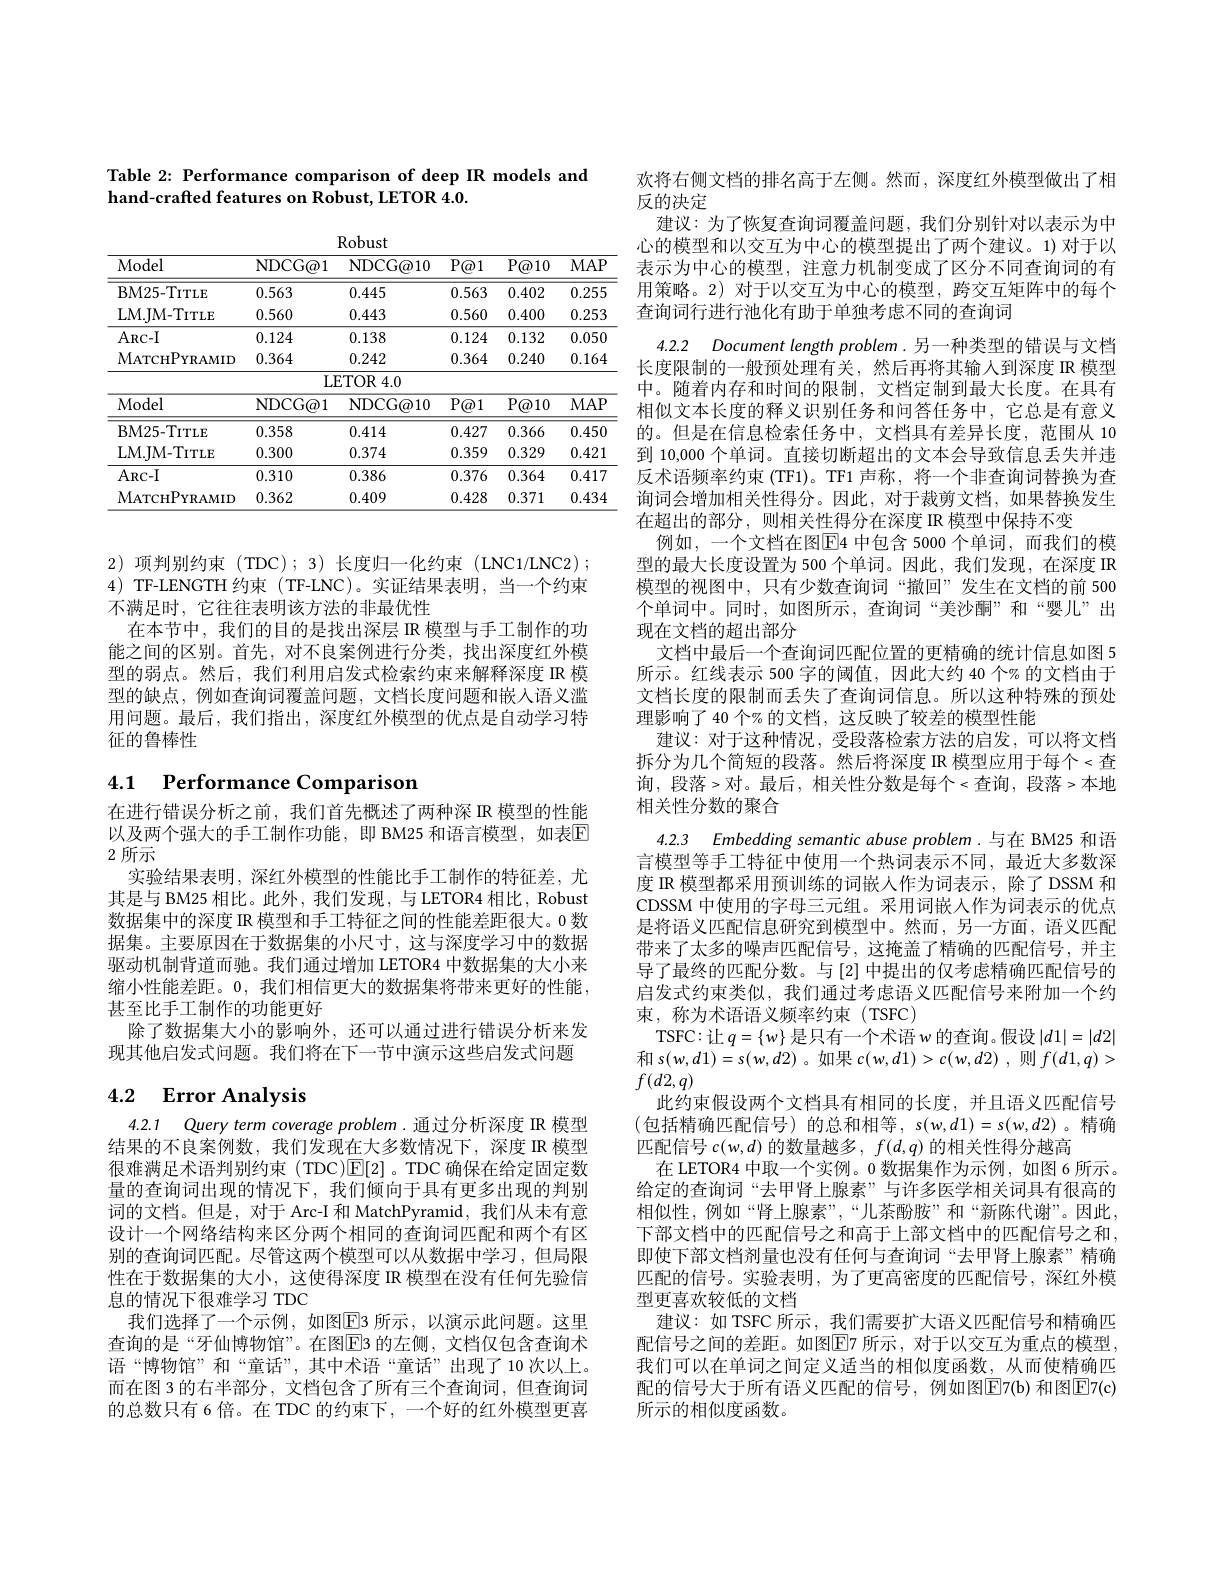
Table 2: Performance comparison of deep IR models and
hand-crafted features on Robust, LETOR 4.0.

<table>
	<tbody>
		<tr>
			<th>Model</th>
			<th>NDCG@ 1</th>
			<th>NDCG@ 10</th>
			<th>$P@1$</th>
			<th>$P@10$</th>
			<th>$MAP$</th>
		</tr>
		<tr>
			<td>BM25- TITLE</td>
			<td>0.563</td>
			<td>0.445</td>
			<td>0.563</td>
			<td>0.402</td>
			<td>0.255</td>
		</tr>
		<tr>
			<td>LM. JM- TITLE</td>
			<td>0.560</td>
			<td>0.443</td>
			<td>0.560</td>
			<td>0.400</td>
			<td>0.253</td>
		</tr>
		<tr>
			<td>ARC- I</td>
			<td>0.124</td>
			<td>0.138</td>
			<td>0.124</td>
			<td>0.132</td>
			<td>0.050</td>
		</tr>
		<tr>
			<td>MATCHPYRAMID</td>
			<td>0.364</td>
			<td>0.242</td>
			<td>0.364</td>
			<td>0.240</td>
			<td>0.164</td>
		</tr>
		<tr>
			<td> </td>
			<td>LF</td>
			<td>$\operatorname{ETOR}4.0$</td>
			<td> </td>
			<td> </td>
			<td> </td>
		</tr>
		<tr>
			<td>Model</td>
			<td>NDCG@ 1</td>
			<td>NDCG@ 10</td>
			<td>$P@1$</td>
			<td>$P@10$</td>
			<td>$MAP$</td>
		</tr>
		<tr>
			<td>BM25- TITLE</td>
			<td>0.358</td>
			<td>0.414</td>
			<td>0.427</td>
			<td>0.366</td>
			<td>0.450</td>
		</tr>
		<tr>
			<td>LM. JM- TITLE</td>
			<td>0.300</td>
			<td>0.374</td>
			<td>0.359</td>
			<td>0.329</td>
			<td>0.421</td>
		</tr>
		<tr>
			<td>$ARC-I$</td>
			<td>0.310</td>
			<td>0.386</td>
			<td>0.376</td>
			<td>0.364</td>
			<td>0.417</td>
		</tr>
		<tr>
			<td>MATCHPYRAMID</td>
			<td>0.362</td>
			<td>0.409</td>
			<td>0.428</td>
			<td>0.371</td>
			<td>0.434</td>
		</tr>
	</tbody>
</table>

2)项判别约束(TDC);3)长度归一化约束(LNC1/LNC2); 4) TF-LENGTH 约束(TF-LNC)。实证结果表明，当一个约束不满足时，它往往表明该方法的非最优性
在本节中，我们的目的是找出深层 IR 模型与手工制作的功能之间的区别。首先，对不良案例进行分类，找出深度红外模型的弱点。然后，我们利用启发式检索约束来解释深度 IR 模型的缺点，例如查询词覆盖问题，文档长度问题和嵌人语义滥用问题。最后，我们指出，深度红外模型的优点是自动学习特征的鲁棒性

# 4.1 Performance Comparison

以及两个强大的手工制作功能，即 BM25 和语言模型，如表$\mathbb{E}$
2 所示

在进行错误分析之前，我们首先概述了两种深 IR 模型的性能
实验结果表明，深红外模型的性能比手工制作的特征差，尤其是与 BM25 相比。此外，我们发现，与 LETOR4 相比，Robust 数据集中的深度 IR 模型和手工特征之间的性能差距很大。0 数据集。主要原因在于数据集的小尺寸，这与深度学习中的数据驱动机制背道而驰。我们通过增加 LETOR4 中数据集的大小来缩小性能差距。0,我们相信更大的数据集将带来更好的性能， 甚至比手工制作的功能更好
除了数据集大小的影响外，还可以通过进行错误分析来发现其他启发式问题。我们将在下一节中演示这些启发式问题

# 4.2 Error Analysis

4.2.1 Query term coverage problem.通过分析深度 IR 模型结果的不良案例数，我们发现在大多数情况下，深度 IR 模型很难满足术语判别约束(TDC)$\mathbb{E}[2]$。TDC 确保在给定固定数量的查询词出现的情况下，我们倾向于具有更多出现的判别词的文档。但是，对于 Arc-I 和 MatchPyramid, 我们从未有意设计一个网络结构来区分两个相同的查询词匹配和两个有区别的查询词匹配。尽管这两个模型可以从数据中学习，但局限性在于数据集的大小，这使得深度 IR 模型在没有任何先验信息的情况下很难学习 TDC
我们选择了一个示例，如图$\overline{\mathrm{E}}$3 所示，以演示此问题。这里查询的是“牙仙博物馆”。在图$\overline{\mathrm{E}}$3 的左侧，文档仅包含查询术语“博物馆”和“童话”,其中术语“童话”出现了10次以上。而在图 3 的右半部分 , 文档包含了所有三个查询词，但查询词的总数只有 6 倍。在 TDC 的约束下，一个好的红外模型更喜

欢将右侧文档的排名高于左侧。然而，深度红外模型做出了相
反的决定
建议：为了恢复查询词覆盖问题，我们分别针对以表示为中心的模型和以交互为中心的模型提出了两个建议。1) 对于以表示为中心的模型，注意力机制变成了区分不同查询词的有用策略。2) 对于以交互为中心的模型，跨交互矩阵中的每个查询词行进行池化有助于单独考虑不同的查询词
4.2.2 Document length problem.另一种类型的错误与文档长度限制的一般预处理有关，然后再将其输入到深度 IR 模型中。随着内存和时间的限制，文档定制到最大长度。在具有相似文本长度的释义识别任务和问答任务中，它总是有意义的。但是在信息检索任务中，文档具有差异长度，范围从 10到 10,000 个单词。直接切断超出的文本会导致信息丢失并违反术语频率约束 (TF1)。TF1 声称，将一个非查询词替换为查询词会增加相关性得分。因此，对于裁剪文档，如果替换发生在超出的部分，则相关性得分在深度 IR 模型中保持不变
例如，一个文档在图$\overline{\mathrm{E}}$4 中包含 5000 个单词，而我们的模型的最大长度设置为 500 个单词。因此，我们发现，在深度 IR 模型的视图中，只有少数查询词“撤回”发生在文档的前 500个单词中。同时，如图所示，查询词“美沙酮”和“婴儿”出现在文档的超出部分
文档中最后一个查询词匹配位置的更精确的统计信息如图 5所示。红线表示 500 字的阈值，因此大约 40 个% 的文档由于文档长度的限制而丢失了查询词信息。所以这种特殊的预处理影响了 40 个% 的文档，这反映了较差的模型性能
建议：对于这种情况，受段落检索方法的启发，可以将文档拆分为几个简短的段落。然后将深度 IR 模型应用于每个<查$\begin{aligned}\text{询，段落>对。最后，相关性分数是每个}<\text{查询，段落>本地}\end{aligned}$ 相关性分数的聚合
4.2.3 Embedding semantic abuse problem.与在 BM25 和语言模型等手工特征中使用一个热词表示不同，最近大多数深度 IR 模型都采用预训练的词嵌人作为词表示，除了DSSM 和CDSSM 中使用的字母三元组。采用词嵌入作为词表示的优点是将语义匹配信息研究到模型中。然而，另一方面，语义匹配带来了太多的噪声匹配信号，这掩盖了精确的匹配信号，并主导了最终的匹配分数。与[2] 中提出的仅考虑精确匹配信号的启发式约束类似，我们通过考虑语义匹配信号来附加一个约束，称为术语语义频率约束(TSFC)
TSFC:让$q=\{w\}$是只有一个术语$w$的查询。假设$|d1|=|d2|$ 和 $s( w, d1) = s( w, d2)$ $。如 果$ $c( w, d1) > c( w, d2)$ ,则 $f( d1, q) >$ $f(d2,q)$
此约束假设两个文档具有相同的长度，并且语义匹配信号(包括精确匹配信号)的总和相等$,s(w,d1)=s(w,d2)$。精确匹配信号$c(w,d)$的数量越多$,f(d,q)$的相关性得分越高
在 LETOR4 中取一个实例。0 数据集作为示例，如图 6 所示。给定的查询词“去甲肾上腺素”与许多医学相关词具有很高的相似性，例如“肾上腺素”,“儿茶酚胺”和“新陈代谢”。因此， 下部文档中的匹配信号之和高于上部文档中的匹配信号之和， 即使下部文档剂量也没有任何与查询词“去甲肾上腺素”精确匹配的信号。实验表明，为了更高密度的匹配信号，深红外模型更喜欢较低的文档
建议：如 TSFC 所示，我们需要扩大语义匹配信号和精确匹配信号之间的差距。如图$\boxed{\mathrm{E}}$7 所示，对于以交互为重点的模型， 我们可以在单词之间定义适当的相似度函数，从而使精确匹配的信号大于所有语义匹配的信号，例如图$\overline{\mathrm{E}}$7(b)和图$\overline{\mathrm{E}}$7(c) 所示的相似度函数。